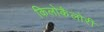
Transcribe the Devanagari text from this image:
किलोकैलोरी